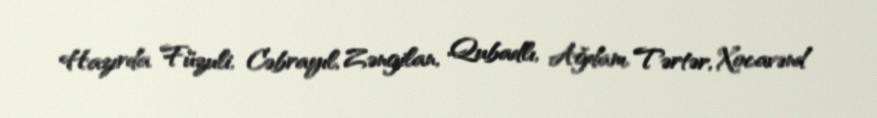
Hazırda Füzuli, Cəbrayıl, Zəngilan, Qubadlı, Ağdam, Tərtər, Xocavənd